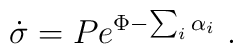
\dot\sigma = P e^{\Phi- \sum_i\alpha_i}\ .